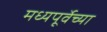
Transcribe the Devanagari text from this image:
मध्यपूर्वेच्या